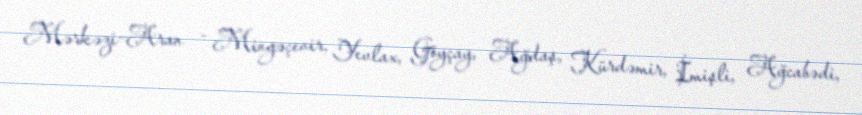
Mərkəzi-Aran - Mingəçevir, Yevlax, Göyçay, Ağdaş, Kürdəmir, İmişli, Ağcabədi,